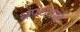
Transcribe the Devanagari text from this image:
थपथपाई